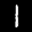
Label: 1